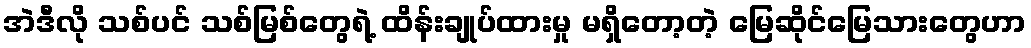
အဲဒီလို သစ်ပင် သစ်မြစ်တွေရဲ့ ထိန်းချုပ်ထားမှု မရှိတော့တဲ့ မြေဆိုင်မြေသားတွေဟာ